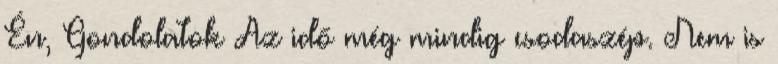
Én, Gondolatok Az idő még mindig csodaszép. Nem is